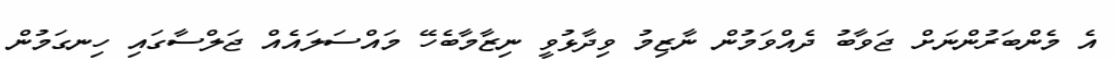
އެ މެންބަރުންނަށް ޖަވާބު ދެއްވަމުން ނާޒިމު ވިދާޅުވީ ނިޒާމާބެހޭ މައްސަލައެއް ޖަލްސާގައި ހިނގަމުން